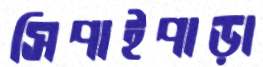
সিপাইপাড়া